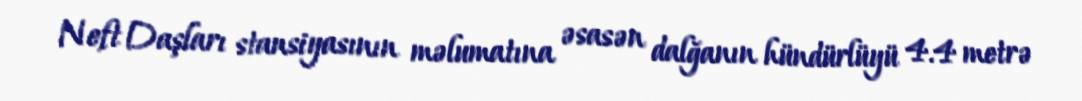
Neft Daşları stansiyasının məlumatına əsasən dalğanın hündürlüyü 4.4 metrə